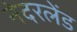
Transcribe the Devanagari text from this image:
नेदरलेंड